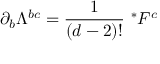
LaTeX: \partial _ { b } \Lambda ^ { b c } = \frac { 1 } { ( d - 2 ) ! } ~ ^ { * } F ^ { c }